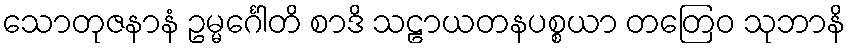
သောတုဇနာနံ ဥမ္မင်္ဂေါတိ စာဒိ သဠာယတနပစ္စယာ တတြေဝ သုဘာနိ